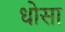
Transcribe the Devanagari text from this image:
धोसा